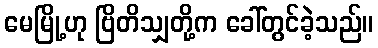
မေမြို့ဟု ဗြိတိသျှတို့က ခေါ်တွင်ခဲ့သည်။